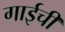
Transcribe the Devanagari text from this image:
गाईचीं